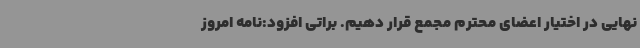
نهایی در اختیار اعضای محترم مجمع قرار دهیم. براتی افزود:نامه امروز